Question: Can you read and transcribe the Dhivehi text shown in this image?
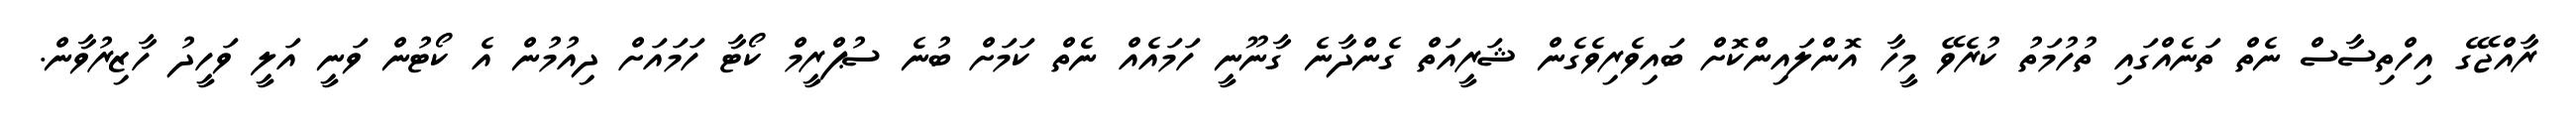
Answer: ރާއްޖޭގެ އިހްތިސާސް ނެތް ތަނެއްގައި ތުހުމަތު ކުރެވޭ މީހާ އޮންލައިންކޮށް ބައިވެރިވެގެން ޝަރީއަތް ގެންދާނެ ގާނޫނީ ހަމައެއް ނެތް ކަމަށް ބުނެ ސުޕްރީމް ކޯޓާ ހަމައަށް ދިއުމުން އެ ކޯޓުން ވަނީ އަލީ ވަހީދު ހާޒިރުވާން.